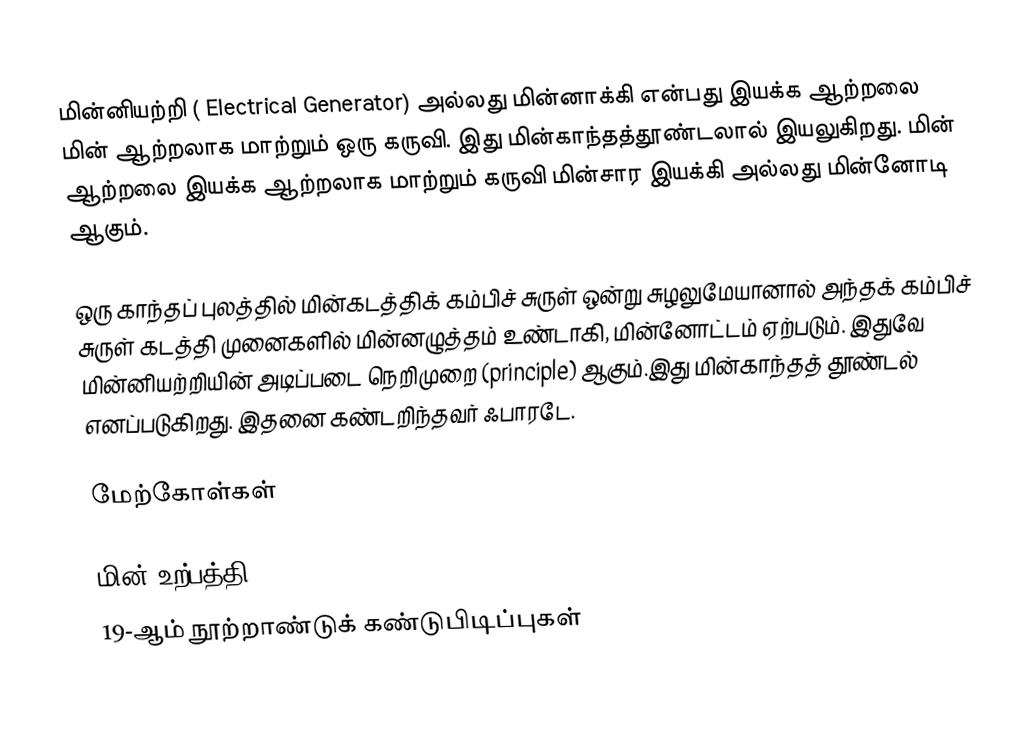
மின்னியற்றி ( Electrical Generator) அல்லது மின்னாக்கி என்பது இயக்க ஆற்றலை மின் ஆற்றலாக மாற்றும் ஒரு கருவி. இது மின்காந்தத்தூண்டலால் இயலுகிறது. மின் ஆற்றலை இயக்க ஆற்றலாக மாற்றும் கருவி மின்சார இயக்கி அல்லது மின்னோடி ஆகும்.

ஒரு காந்தப் புலத்தில் மின்கடத்திக் கம்பிச் சுருள் ஒன்று சுழலுமேயானால் அந்தக் கம்பிச் சுருள் கடத்தி முனைகளில் மின்னழுத்தம் உண்டாகி, மின்னோட்டம் ஏற்படும். இதுவே மின்னியற்றியின் அடிப்படை நெறிமுறை (principle) ஆகும்.இது மின்காந்தத்  தூண்டல் எனப்படுகிறது. இதனை கண்டறிந்தவர் ஃபாரடே.

மேற்கோள்கள்

மின் உற்பத்தி
19-ஆம் நூற்றாண்டுக் கண்டுபிடிப்புகள்